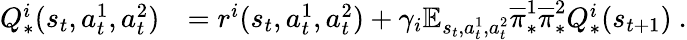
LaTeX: \begin{array}{rl}{Q_{*}^{i}(s_{t},a_{t}^{1},a_{t}^{2})}&{=r^{i}(s_{t},a_{t}^{1},a_{t}^{2})+\gamma_{i}\mathbb E_{s_{t},a_{t}^{1},a_{t}^{2}}\overline{\pi}_{*}^{1}\overline{\pi}_{*}^{2}Q_{*}^{i}(s_{t+1})\ .}\end{array}